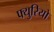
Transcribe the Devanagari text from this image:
फ्युरियो